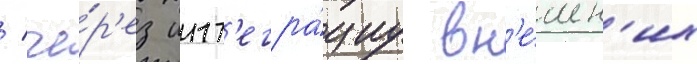
/ че́р'ез инт'егра́циу вн'е́шн'их